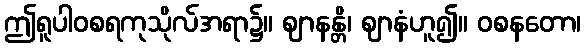
ဤရူပါဝစရကုသိုလ်အရာ၌။ ဈာနန္တိ၊ ဈာနံဟူ၍။ ဝစနတော၊